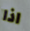
اذا